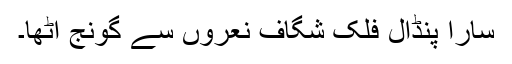
سارا پنڈال فلک شگاف نعروں سے گونج اٹھا۔